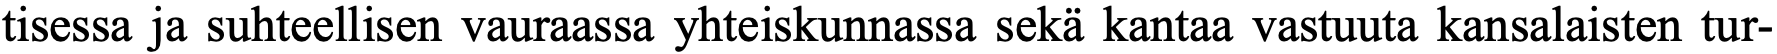
tisessa ja suhteellisen vauraassa yhteiskunnassa sekä kantaa vastuuta kansalaisten tur-